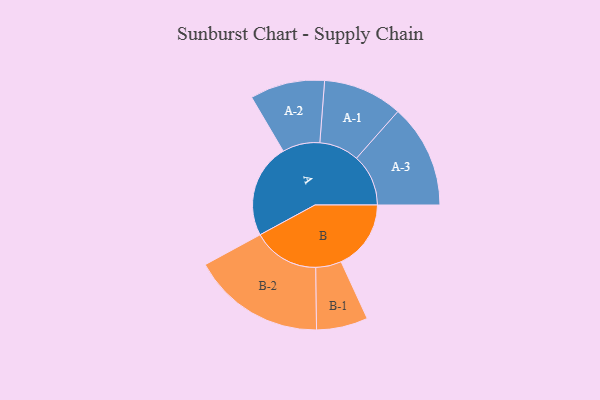
{"axis": {"x": "Segment", "y": "Value"}, "legend": ["", "A", "B"], "data": [{"x": "A", "y": 403, "type": ""}, {"x": "B", "y": 299, "type": ""}, {"x": "A-1", "y": 170, "type": "A"}, {"x": "A-2", "y": 160, "type": "A"}, {"x": "A-3", "y": 222, "type": "A"}, {"x": "B-1", "y": 110, "type": "B"}, {"x": "B-2", "y": 285, "type": "B"}]}